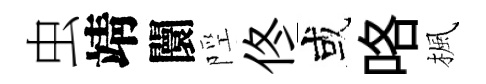
虫靖闤陘佟或咯楓